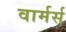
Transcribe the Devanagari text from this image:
वार्मर्स